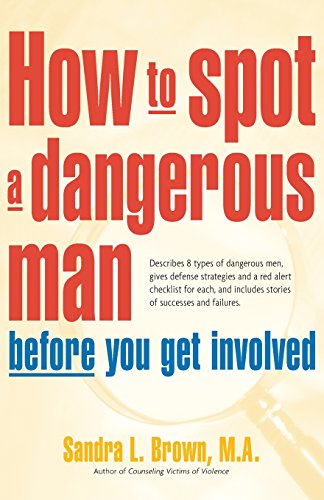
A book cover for How to Spot a Dangerous Man Before You Get Involved; M.A. Sandra L. Brown; Self-Help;